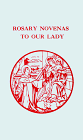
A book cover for Rosary Novenas to Our Lady; Charles V. Lacey; Religion & Spirituality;